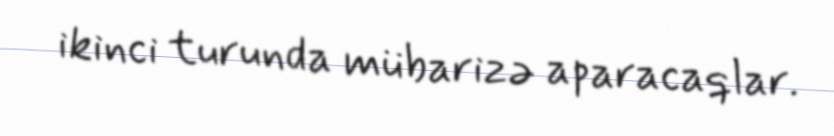
ikinci turunda mübarizə aparacaqlar.